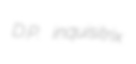
D.P. inquisitrix